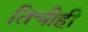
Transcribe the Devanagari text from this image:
तिचीही